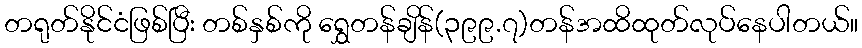
တရုတ်နိုင်ငံဖြစ်ပြီး တစ်နှစ်ကို ရွှေတန်ချိန်(၃၉၉.၇)တန်အထိထုတ်လုပ်နေပါတယ်။